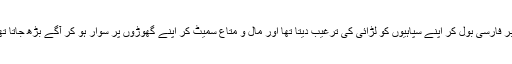
بابر فارسی بول کر اپنے سپاہیوں کو لڑائی کی ترغیب دیتا تھا اور مال و متاع سمیٹ کر اپنے گھوڑوں پر سوار ہو کر آگے بڑھ جاتا تھا۔